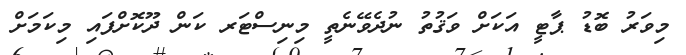
މިވަރު ބޮޑު ޕާޓީ އަކަށް ވަޤުތު ނުދެވޭނެތީ މިނިސްޓަރ ކަން ދޫކޮށްފައި މިކަމަށް